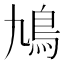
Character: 鳩